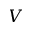
V